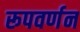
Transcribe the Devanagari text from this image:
रूपवर्णन